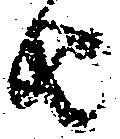
由